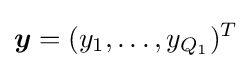
{\boldsymbol {y}}=(y_{1},\ldots ,y_{Q_{1}})^{T}